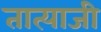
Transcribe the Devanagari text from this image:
तात्याजी